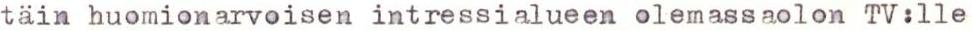
täin huomionarvoisen intressialueen olemassaolon TV:lle